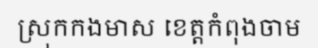
ស្រុកកងមាស ខេត្តកំពុងចាម